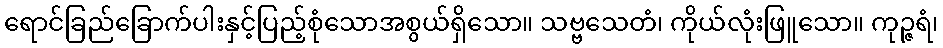
ရောင်ခြည်ခြောက်ပါးနှင့်ပြည့်စုံသောအစွယ်ရှိသော။ သဗ္ဗသေတံ၊ ကိုယ်လုံးဖြူသော။ ကုဉ္ဇရံ၊